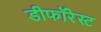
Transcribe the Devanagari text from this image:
डीफॉरेस्ट